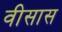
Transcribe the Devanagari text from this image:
वीसास